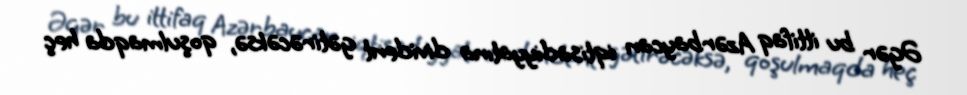
Əgər bu ittifaq Azərbaycan iqtisadiyyatına divident gətirəcəksə, qoşulmaqda heç